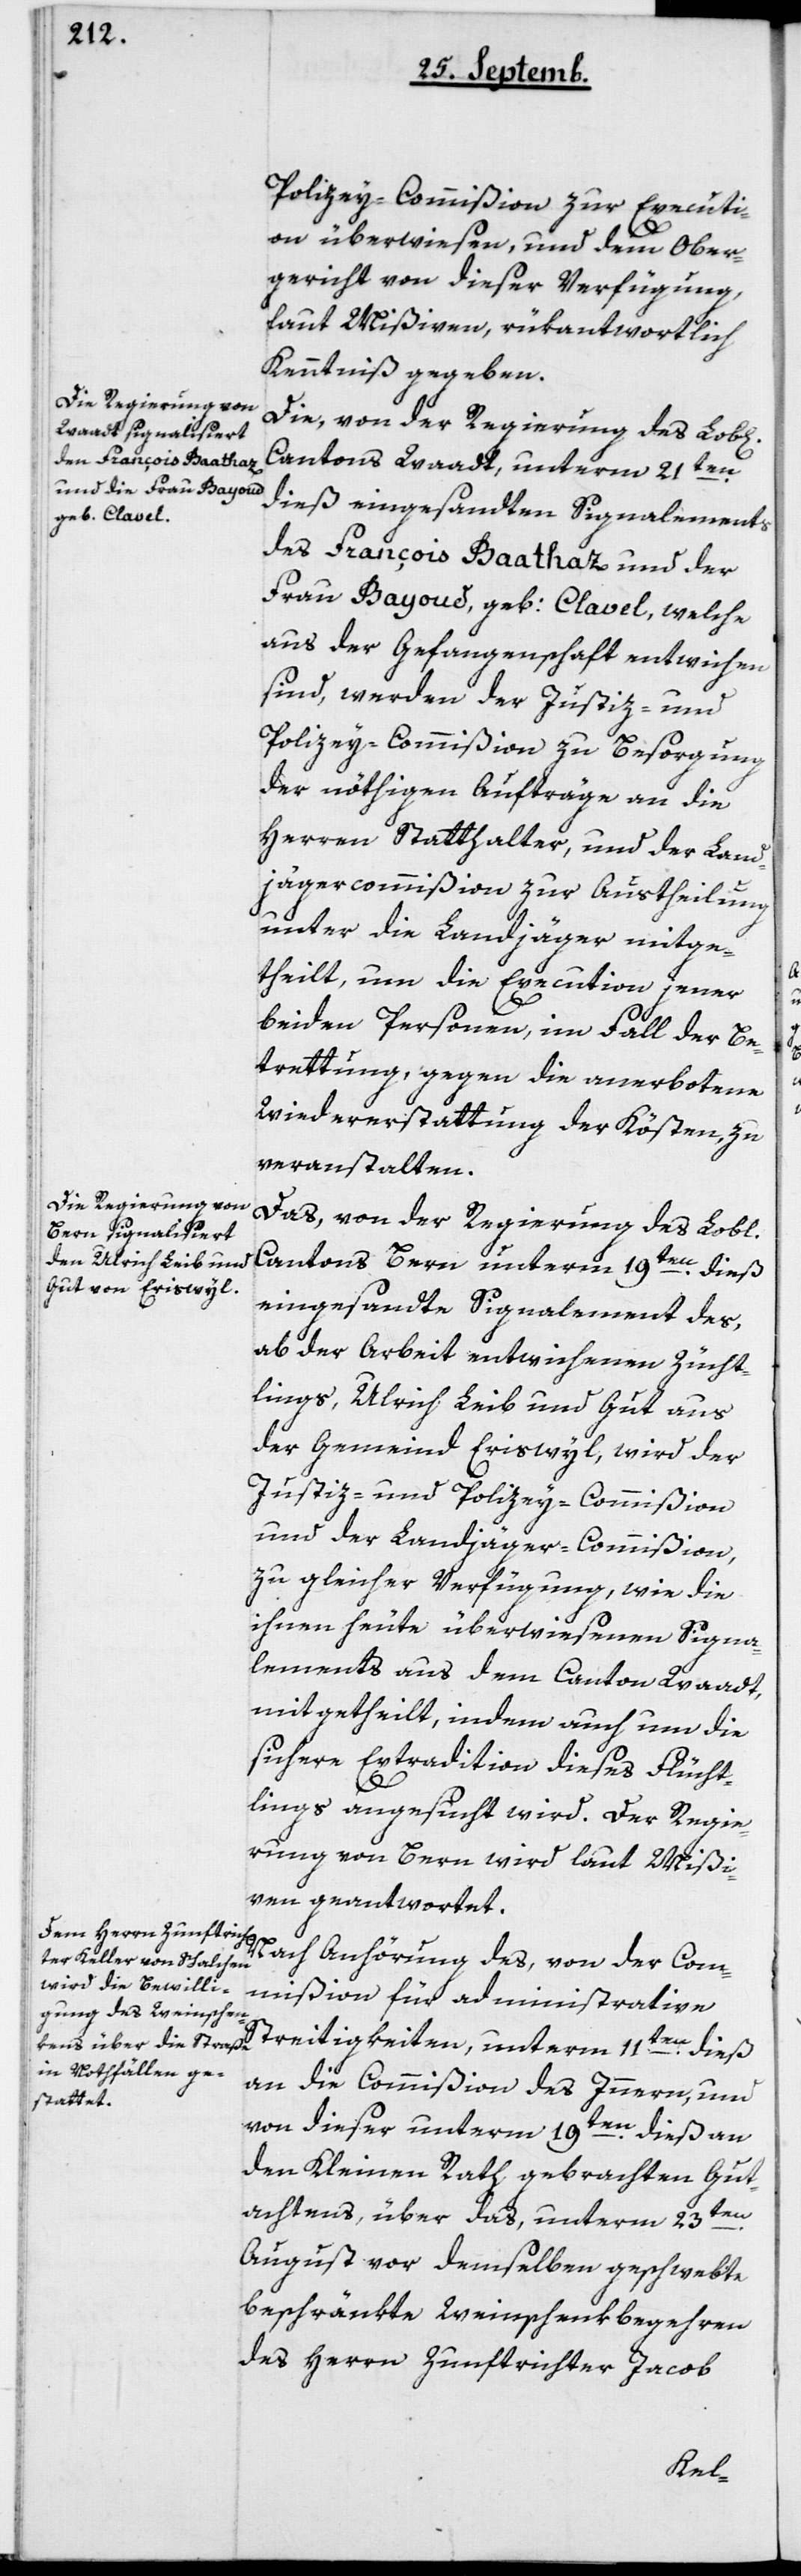
Policey-Commißion zur Executi¬
on überwiesen, und dem Ober¬
gericht von dieser Verfügung
laut Mißiven, rükantwortlich
Kenntniß gegeben.
Die, von der Regierung des Lobl[i¬
Cantons Waadt, unterm 21ten
dieß eingesandten Signalements
des François Baathaz und der
Frau Bayoud, geb. Clavel, welche
aus der Gefangenschaft entwichen
sind, werden der Justiz- und
Policey-Commißion zu Besorgung
der nöthigen Aufträge an die
Herren Statthalter, und der Land¬
jägercommißion zur Austheilung
unter die Landjäger mitge¬
theilt, um die Execution jener
beyden Personen, im Fall der Be¬
tretung, gegen die anerbotene
Wiedererstattung der Kösten, zu
veranstalten.
Das von der Regierung des Lobl.
Cantons Bern unterm 19ten dieß
eingesandte Signalement des,
ab der Arbeit entwichenen Zücht¬
lings, Ulrich Leib und Gut aus
der Gemeind Eriswil, wird der
und der Landjäger-Commißion
zu gleicher Verfügung, wie die
ihnen heute überwiesenen Signa¬
lements aus dem Canton Waadt,
mitgetheilt, indem auch um die
sichere Extradition dieses Flücht¬
lings angesucht wird. Der Regie¬
rung von Bern wird laut Mißi¬
ven geantwortet.
Nach Anhörung des, von der Com¬
mißion für administrative
Streitigkeiten, unterm 11ten dieß
an die Commißion des Innern, und
von dieser unterm 19ten dieß an
den Kleinen Rath gebrachten Gut¬
achtens, über das, unterm 23ten
August vor demselben geschwebte
beschränkte Weinschenkbegehren
des Herrn Zunftrichter Jacob
chen]